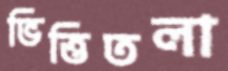
ভিত্তিতলা